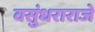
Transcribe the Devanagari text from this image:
वसुंधराराजे